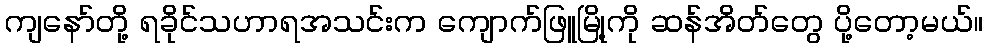
ကျနော်တို့ ရခိုင်သဟာရအသင်းက ကျောက်ဖြူမြို့ကို ဆန်အိတ်တွေ ပို့တော့မယ်။